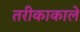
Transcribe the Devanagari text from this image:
तरीकाकाले